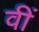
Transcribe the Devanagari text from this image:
वीं